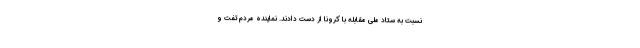
نسبت به ستاد ملی مقابله با کرونا از دست دادند. نماینده مردم تفت و